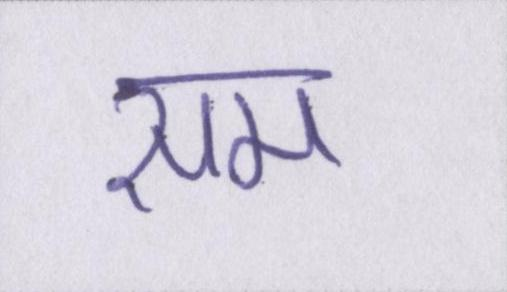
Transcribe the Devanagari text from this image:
सम